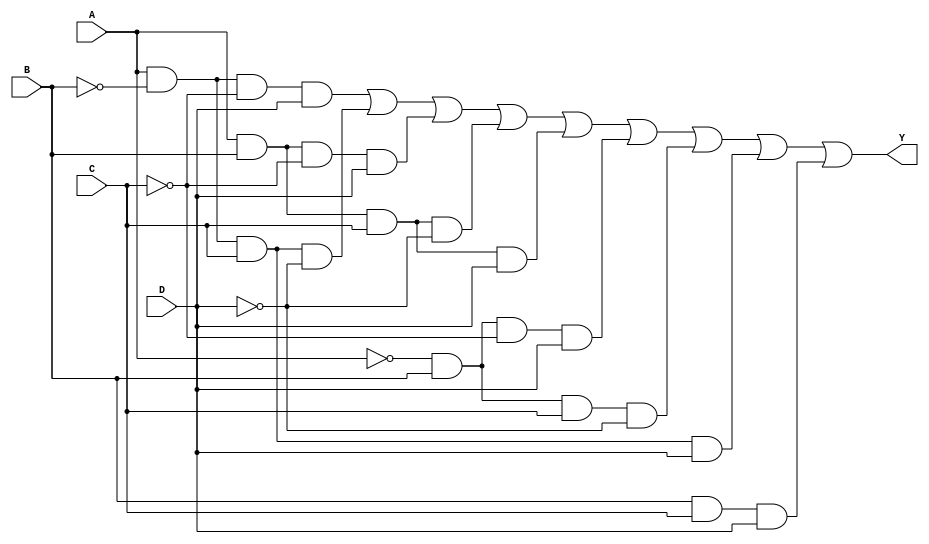
module four_variable_kmap (
    input wire A,  // Input variable A
    input wire B,  // Input variable B
    input wire C,  // Input variable C
    input wire D,  // Input variable D
    output wire Y  // Output Y
);

// Define the output Y based on the K-map simplification
assign Y = (A & ~B & ~C & D) |  // Minterm 1 (A'B'C'D)
           (A & ~B & C & ~D) |  // Minterm 2 (A'B'CD')
           (A & B & ~C & D) |   // Minterm 3 (A'BCD)
           (A & B & C & ~D) |   // Minterm 4 (A'BC'D)
           (A & B & C & D) |    // Minterm 5 (A'BCD)
           (~A & B & ~C & D) |  // Minterm 6 (AB'C'D)
           (~A & B & C & ~D) |  // Minterm 7 (AB'CD')
           (A & ~B & C & D) |   // Minterm 8 (A'BCD)
           (B & C & D);          // Minterm 9 (A'BC'D)

endmodule